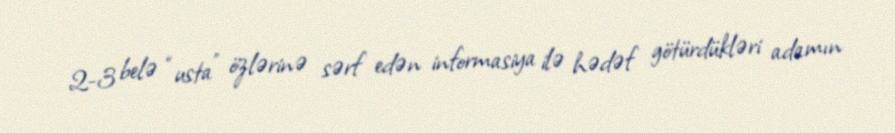
2-3 belə “usta” özlərinə sərf edən informasiya ilə hədəf götürdükləri adamın